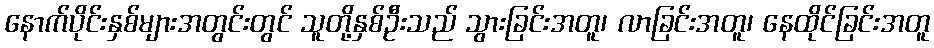
နောက်ပိုင်းနှစ်များအတွင်းတွင် သူတို့နှစ်ဦးသည် သွားခြင်းအတူ၊ လာခြင်းအတူ၊ နေထိုင်ခြင်းအတူ